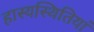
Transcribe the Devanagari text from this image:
हास्यस्थितियां